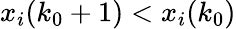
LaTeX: x_{i}(k_{0}+1)<x_{i}(k_{0})